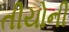
તીયોની